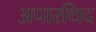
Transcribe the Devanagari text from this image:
अपारथिद